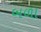
બળા